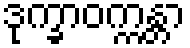
ဒုက္ခာဝက္ကန္တာ